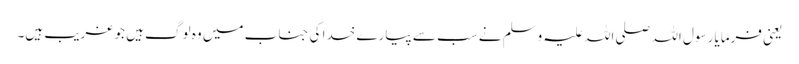
یعنی فرمایا رسول اللہ صلی اللہ علیہ وسلم نے سب سے پیارے خدا کی جناب میں وہ لوگ ہیں جو غریب ہیں۔